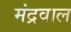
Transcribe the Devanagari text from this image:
मंद्रवाल